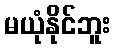
မယုံနိုင်ဘူး